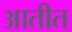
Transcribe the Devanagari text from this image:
आतीत